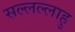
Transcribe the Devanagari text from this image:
सल्लल्लाहु